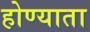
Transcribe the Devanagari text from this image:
होण्याता